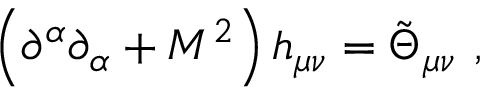
\left( \partial ^ { \alpha } \partial _ { \alpha } + M ^ { 2 } \right) h _ { \mu \nu } = \tilde { \Theta } _ { \mu \nu } \, \, ,